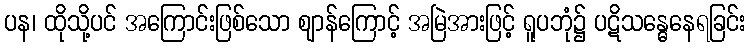
ပန၊ ထိုသို့ပင် အကြောင်းဖြစ်သော ဈာန်ကြောင့် အမြဲအားဖြင့် ရူပဘုံ၌ ပဋိသန္ဓေနေရခြင်း